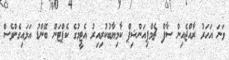
ވަނަ އަހަރު ރާއްޖެއިން ސާފް ޗެމްޕިއަންޝިޕް ކާމިޔާބުކުރިއިރު އެޓީމުގެ ކެޕްޓަން ބޭންޑު އަޅައިގެންވެސް